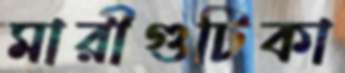
মারীগুটিকা